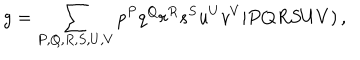
g = \sum _ { P , Q , R , S , U , V } p ^ { P } q ^ { Q } r ^ { R } s ^ { S } u ^ { U } v ^ { V } \vert P Q R S U V ) \, ,